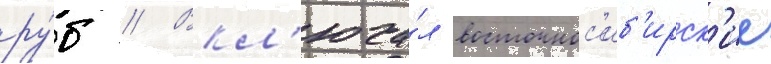
ру́б // Вкл'юча́л восточнос'иб'ирск'ие